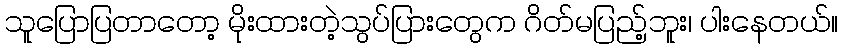
သူပြောပြတာတော့ မိုးထားတဲ့သွပ်ပြားတွေက ဂိတ်မပြည့်ဘူး၊ ပါးနေတယ်။